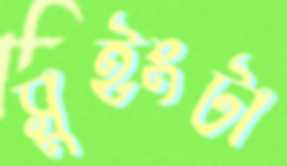
সুইংটা